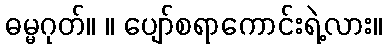
ဓမ္မဂုတ်။ ။ ပျော်စရာကောင်းရဲ့လား။